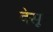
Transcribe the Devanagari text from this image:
देसून